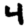
Digit: 4